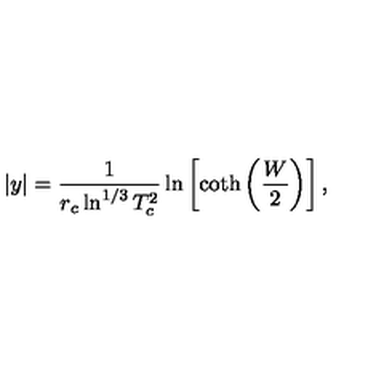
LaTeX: | y | = \frac { 1 } { r _ { c } \ln ^ { 1 / 3 } T _ { c } ^ { 2 } } \ln \left[ \coth \left( \frac { W } { 2 } \right) \right] ,